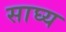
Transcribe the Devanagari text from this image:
साघ्य